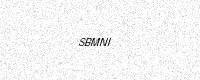
Text: SBMNI